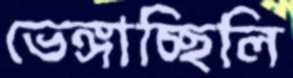
ভেঙ্গাচ্ছিলি